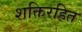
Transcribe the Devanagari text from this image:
शक्तिरहित